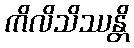
ကိလိသိဿန္တိ